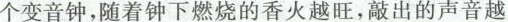
个变音钟，随着钟下燃烧的香火越旺，敲出的声音越